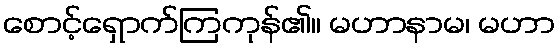
စောင့်ရှောက်ကြကုန်၏။ မဟာနာမ၊ မဟာ